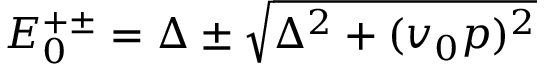
E _ { 0 } ^ { + \pm } = \Delta \pm \sqrt { \Delta ^ { 2 } + ( v _ { 0 } p ) ^ { 2 } }